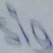
Text: sig